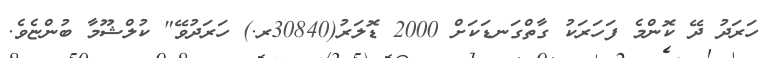
ހަރަދު ދޭ ކޮންމެ ފަހަރަކު ގާތްގަނޑަކަށް 2000 ޑޮލަރު(30840ރ.) ހަރަދުވޭ" ކުލްޝޫމާ ބުންޏެވެ.